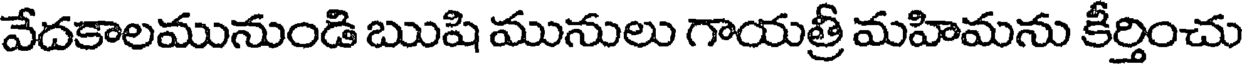
వేదకాలమునుండి ఋషి మునులు గాయత్రీ మహిమను కీర్తించు